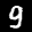
Label: 9